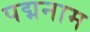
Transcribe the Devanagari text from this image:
पद्मनाम